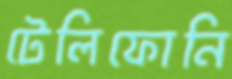
টেলিফোনি